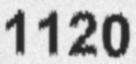
1120